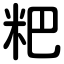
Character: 粑